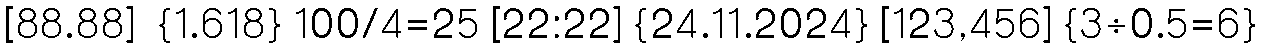
[88.88]  {1.618} 100/4=25 [22:22] {24.11.2024} [123,456] {3÷0.5=6}